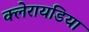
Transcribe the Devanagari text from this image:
क्लेरायडिया